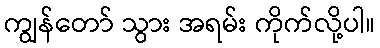
ကျွန်တော် သွား အရမ်း ကိုက်လို့ပါ။